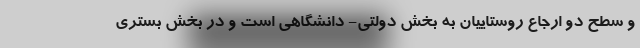
و سطح دو ارجاع روستاییان به بخش دولتی- دانشگاهی است و در بخش بستری